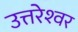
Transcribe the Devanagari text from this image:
उत्तरेश्‍वर